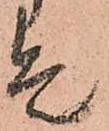
是